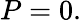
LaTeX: P=0.